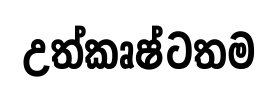
උත්කෘෂ්ටතම